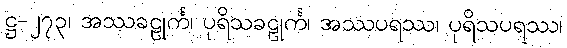
ဋ္ဌ-၂၇၃၊ အဿခဠုင်္က၊ ပုရိသခဠုင်္က၊ အဿပရဿ၊ ပုရိသပရဿ၊